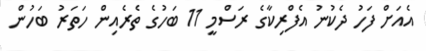
އެއަށް ފަހު ދެކުނު އެފްރިކާގެ ރަސްމީ 11 ބަހުގެ ތެރެއިން ހަތަރު ބަހުން